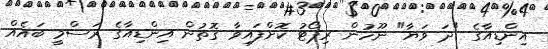
އިންޑިއާގެ "ދަ ވަޔާ" ނޫހުން ރިޕޯޓު ކޮށްފައިވާ ގޮތުން އިންޑިއާގެ ރަސްމީ ބައެއް